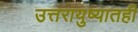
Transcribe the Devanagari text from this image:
उत्तरायुष्यातही